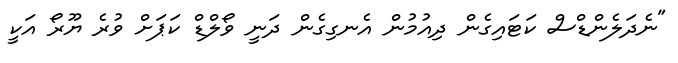
"ނެދަލެންޑްސް ކަޓައިގެން ދިއުމުން އެނގިގެން ދަނީ ވޯލްޑް ކަޕަށް ވުރެ ޔޫރޯ އަކީ